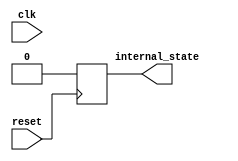
module reset_block (
    input wire clk,
    input wire reset,
    output reg internal_state
);

always @(posedge reset) begin
    // Code to execute on positive edge of reset signal
    // Update internal state here
    internal_state <= 0; // Reset internal state to initial value
end

endmodule